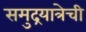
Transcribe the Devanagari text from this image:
समुद्रयात्रेची